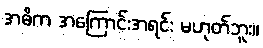
အဓိက အကြောင်းအရင်း မဟုတ်ဘူး။